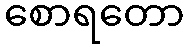
စောရတော